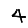
Digit: 4